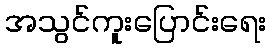
အသွင်ကူးပြောင်းရေး